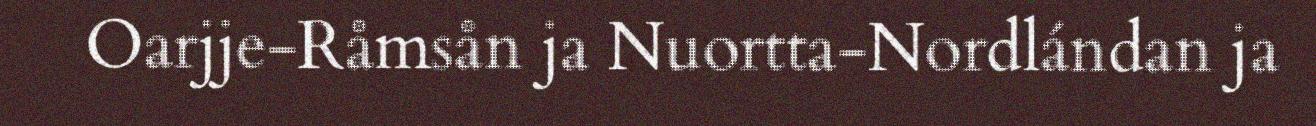
Oarjje-Råmsån ja Nuortta-Nordlándan ja